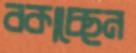
বকাচ্ছেন